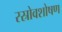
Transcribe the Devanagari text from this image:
रस्रोवशोषण